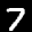
Label: 7